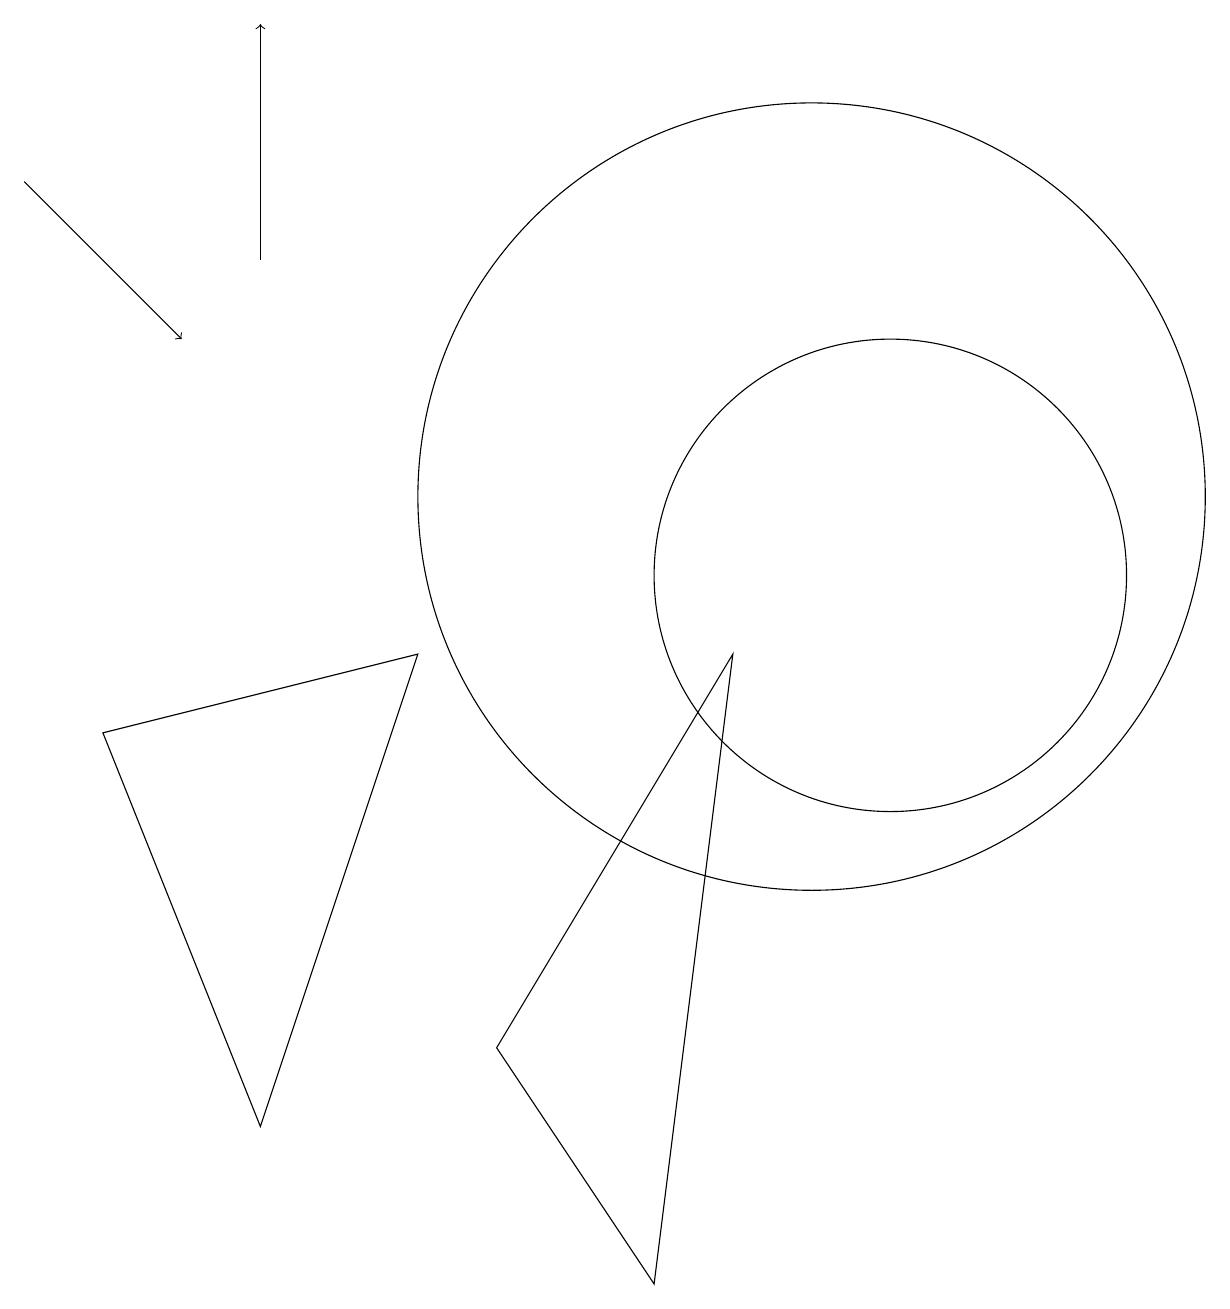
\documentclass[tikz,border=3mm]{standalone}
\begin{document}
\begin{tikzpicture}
\draw (11,10) circle (3);
\draw (10,11) circle (5);
\draw (6,4) -- (8,1) -- (9,9) -- cycle;
\draw (1,8) -- (3,3) -- (5,9) -- cycle;
\draw[->] (0,15) -- (2,13);
\draw[->] (3,14) -- (3,17);
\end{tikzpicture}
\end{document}